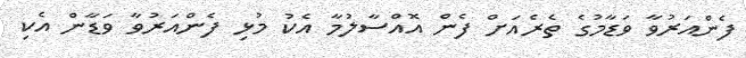
ފެންއަރުވާ ވަޑާމުގެ ތެރެއަށް ފެން އޮއްސާލުމާ އެކު މުޅި ފެންއަރުވާ ވަޑާން އެކި